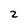
Character: 2